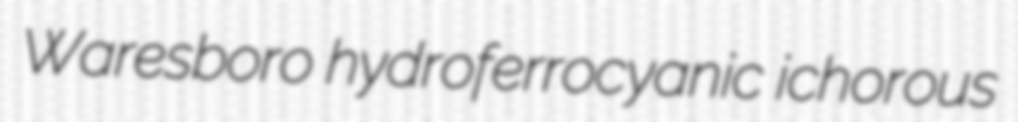
Waresboro hydroferrocyanic ichorous